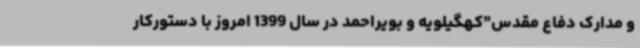
و مدارک دفاع مقدس”کهگیلویه و بویراحمد در سال 1399 امروز با دستورکار